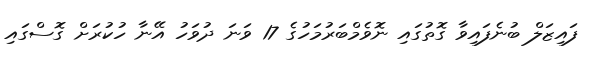
ފައިޒަލް ބުނެފައިވާ ގޮތުގައި ނޮވެެމްބަރުމަހުގެ 17 ވަނަ ދުވަހު އޭނާ ހުކުރަށް ގޮސްގައި